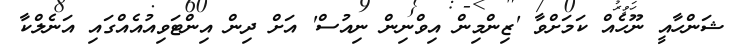
ޝަންހާއީ ނޫހެއް ކަމަށްވާ 'ޒިންމިން އިވްނިން ނިއުސް' އަށް ދިން އިންޓަވިއުއެއްގައި އަނެލްކާ